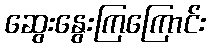
ဆွေးနွေးကြကြောင်း